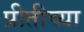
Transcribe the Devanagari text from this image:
प्रीतीच्या